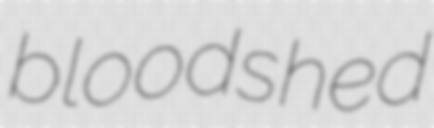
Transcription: bloodshed